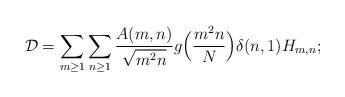
LaTeX: \begin{align*}\mathcal{D} = \sum_{m \geq 1} \sum_{n \geq 1} \frac{A(m,n)}{\sqrt{m^2 n}}g\Big(\frac{m^2 n}{N}\Big) \delta(n,1) H_{m,n};\end{align*}